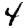
Digit: 4